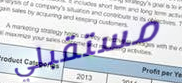
مستقبلي